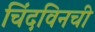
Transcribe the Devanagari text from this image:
चिंदविनची